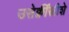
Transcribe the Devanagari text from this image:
उसेक्वींस्रीशे